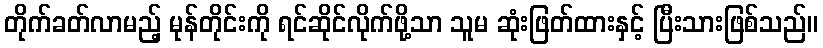
တိုက်ခတ်လာမည့် မုန်တိုင်းကို ရင်ဆိုင်လိုက်ဖို့သာ သူမ ဆုံးဖြတ်ထားနှင့် ပြီးသားဖြစ်သည်။